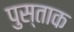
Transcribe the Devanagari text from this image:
पुस्ताक